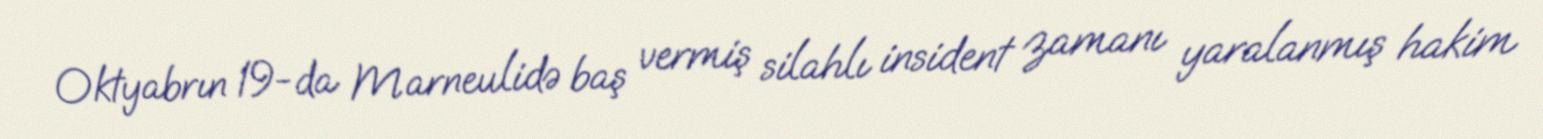
Oktyabrın 19-da Marneulidə baş vermiş silahlı insident zamanı yaralanmış hakim